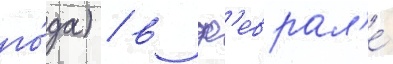
го́да) / в ф'еврал'е́